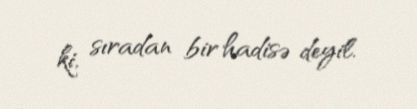
ki, sıradan bir hadisə deyil.